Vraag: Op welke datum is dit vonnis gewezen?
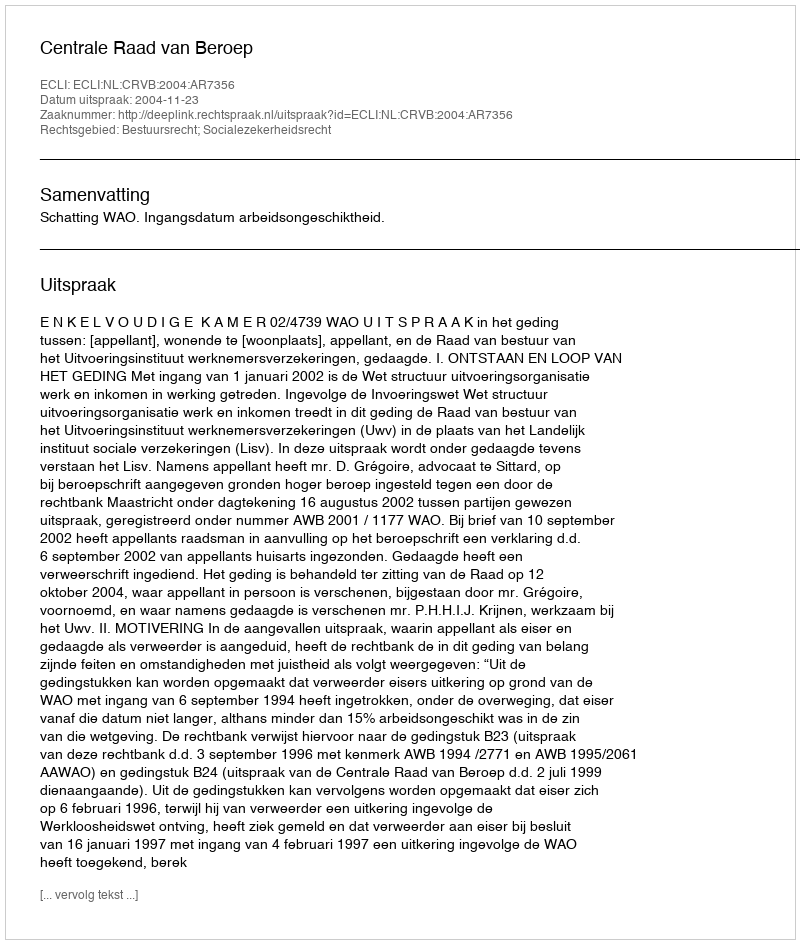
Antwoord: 2004-11-23